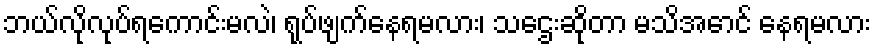
ဘယ်လိုလုပ်ရကောင်းမလဲ၊ ရုပ်ဖျက်နေရမလား၊ သဌေးဆိုတာ မသိအောင် နေရမလား